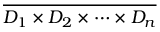
\overline { { D _ { 1 } \times D _ { 2 } \times \cdots \times D _ { n } } }